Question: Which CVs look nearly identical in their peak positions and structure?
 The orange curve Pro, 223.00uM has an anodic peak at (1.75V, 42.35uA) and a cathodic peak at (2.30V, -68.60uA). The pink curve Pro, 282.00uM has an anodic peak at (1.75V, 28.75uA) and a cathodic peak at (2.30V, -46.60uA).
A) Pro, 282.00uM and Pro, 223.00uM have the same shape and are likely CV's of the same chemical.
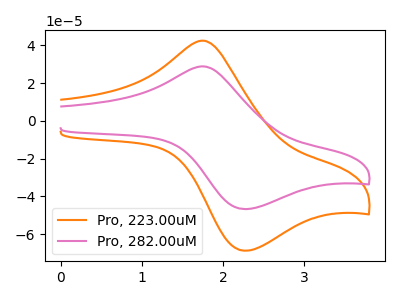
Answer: <think>All the peaks in "Pro, 223.00uM" have a peak in "Pro, 282.00uM" at the same potential. Every peak in "Pro, 223.00uM" is higher than every peak in "Pro, 282.00uM".
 </think>
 <answer>A) "Pro, 282.00uM" and "Pro, 223.00uM" have the same shape and are likely CV's of the same chemical.</answer>
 <eval>A</eval>